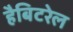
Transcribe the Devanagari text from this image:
हैबिटरेल